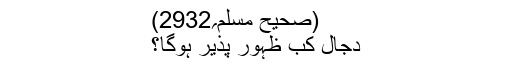
(صحیح مسلم؍2932)
دجال کب ظہور پذیر ہوگا؟